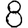
Digit: 8